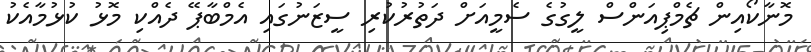
މޮނާކޯއިން ޗެމްޕިއަންސް ލީގުގެ ސެމީއަށް ދަތުރުކުރި ސީޒަނުގައި އެމްބާޕޭ ދެއްކި މޮޅު ކުޅުމާއެކު